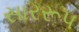
સારરૂપ